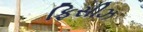
ફિસીઝ